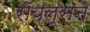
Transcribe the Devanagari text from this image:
रॉयल्सने